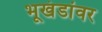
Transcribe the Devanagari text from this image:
भूखंडांवर